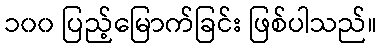
၁၀၀ ပြည့်မြောက်ခြင်း ဖြစ်ပါသည်။